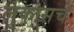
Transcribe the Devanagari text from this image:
लुकासचे